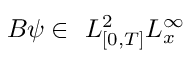
B \psi \in ~ L _ { [ 0 , T ] } ^ { 2 } L _ { x } ^ { \infty }